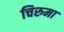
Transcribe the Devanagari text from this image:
चिरुमा